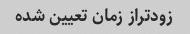
زودتراز زمان تعیین شده